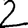
Digit: 2